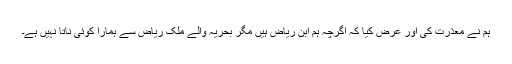
ہم نے معذرت کی اور عرض کیا کہ اگرچہ ہم ابنِ ریاض ہیں مگر بحریہ والے ملک ریاض سے ہمارا کوئی ناتا نہیں ہے۔